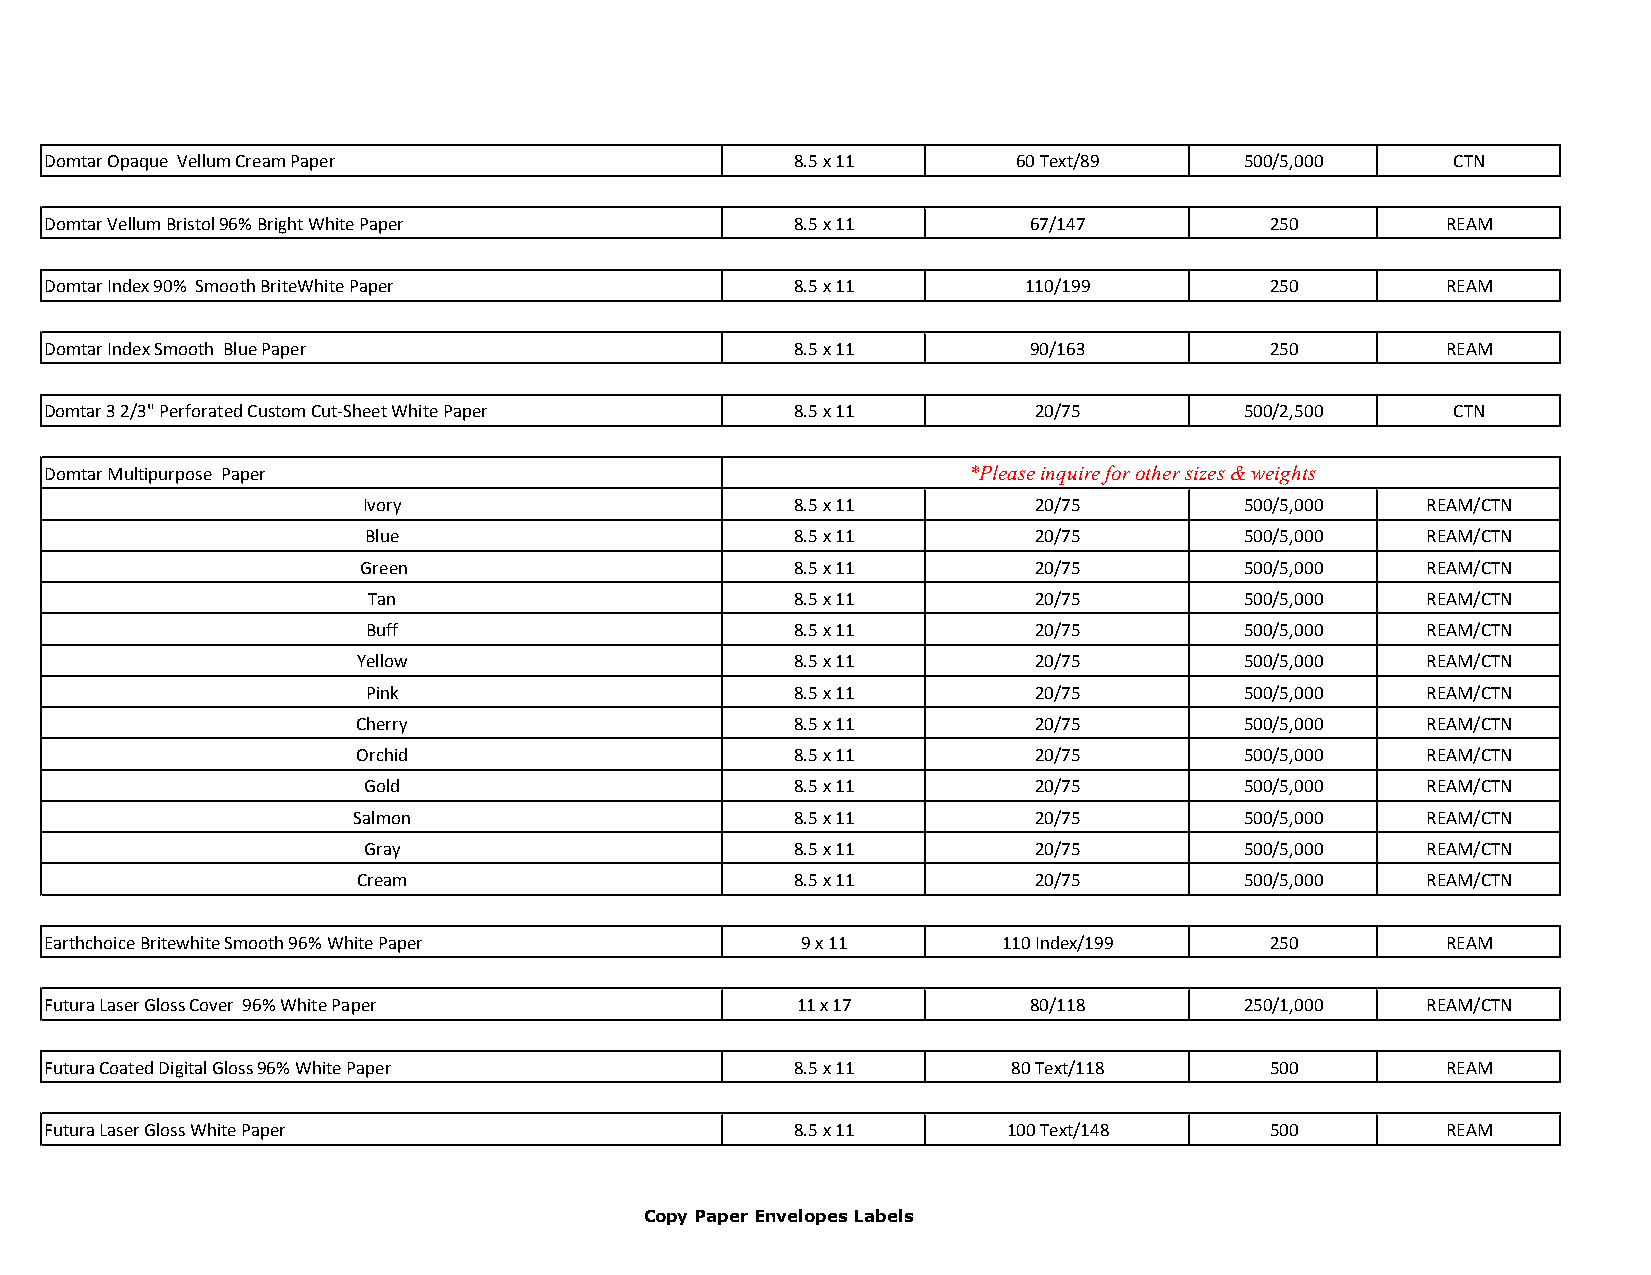
Domtar Opaque Vellum Cream Paper                  8.5 x 11      60 Text/89     500/5,000     CTN
 Domtar Vellum Bristol 96% Bright White Paper      8.5 x 11       67/147          250         REAM
 Domtar Index 90% Smooth BriteWhite Paper          8.5 x 11       110/199         250         REAM
 Domtar Index Smooth Blue Paper                    8.5 x 11       90/163          250         REAM
 Domtar 3 2/3" Perforated Custom Cut-Sheet White Paper 8.5 x 11   20/75         500/2,500     CTN
 Domtar Multipurpose Paper                                    *Please inquire for other sizes & weights
 Ivory                        8.5 x 11       20/75         500/5,000   REAM/CTN
 Blue                         8.5 x 11       20/75         500/5,000   REAM/CTN
 Green                        8.5 x 11       20/75         500/5,000   REAM/CTN
 Tan                          8.5 x 11       20/75         500/5,000   REAM/CTN
 Buff                         8.5 x 11       20/75         500/5,000   REAM/CTN
 Yellow                       8.5 x 11       20/75         500/5,000   REAM/CTN
 Pink                         8.5 x 11       20/75         500/5,000   REAM/CTN
 Cherry                       8.5 x 11       20/75         500/5,000   REAM/CTN
 Orchid                       8.5 x 11       20/75         500/5,000   REAM/CTN
 Gold                         8.5 x 11       20/75         500/5,000   REAM/CTN
 Salmon                        8.5 x 11       20/75         500/5,000   REAM/CTN
 Gray                         8.5 x 11       20/75         500/5,000   REAM/CTN
 Cream                        8.5 x 11       20/75         500/5,000   REAM/CTN
 Earthchoice Britewhite Smooth 96% White Paper     9 x 11       110 Index/199     250         REAM
 Futura Laser Gloss Cover 96% White Paper          11 x 17        80/118        250/1,000   REAM/CTN
 Futura Coated Digital Gloss 96% White Paper       8.5 x 11      80 Text/118      500         REAM
 Futura Laser Gloss White Paper                    8.5 x 11      100 Text/148     500         REAM
 Copy Paper Envelopes Labels